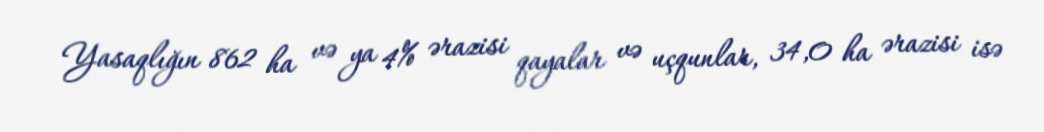
Yasaqlığın 862 ha və ya 4% ərazisi qayalar və uçqunlar, 34,0 ha ərazisi isə